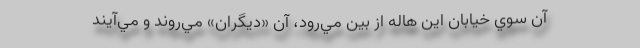
آن سوي خيابان اين هاله از بين مي‌رود، آن «ديگران» مي‌روند و مي‌آيند